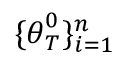
\lbrace \boldsymbol { \theta } _ { T } ^ { 0 } \rbrace _ { i = 1 } ^ { n }